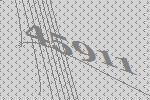
45911